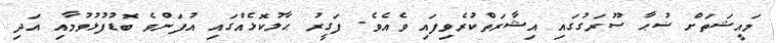
މައީޝަތަށް ޟުޙާ ސޫރަގުގައި އިޝާރަތްކުރެވިފައި ވެއެވެ. ފަގީރު ޙާލުކޮޅެއްގައި އުފަންވެ ބޮޑުފުޅުވުމާއި އަދި